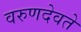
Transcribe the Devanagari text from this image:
वरुणदेवते